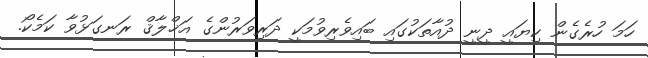
ހަމަ ހުރެގެން ކިޔައީ ދީނީ ދުއާތަކުގައި ބައިވެރިވުމަކީ ދަރިވަރުންގެ އަޚްލާޤް ރަނގަޅުވާ ކަމެކޯ.